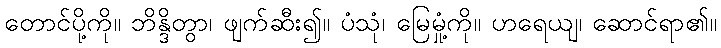
တောင်ပို့ကို။ ဘိန္ဒိတွာ၊ ဖျက်ဆီး၍။ ပံသုံ၊ မြေမှုံ့ကို။ ဟရေယျ၊ ဆောင်ရာ၏။